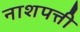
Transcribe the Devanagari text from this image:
नाशपत्ती